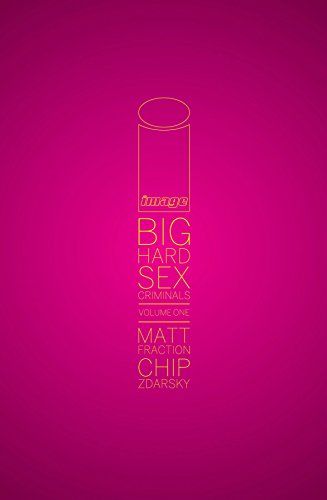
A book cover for Big Hard Sex Criminals; Matt Fraction; Comics & Graphic Novels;